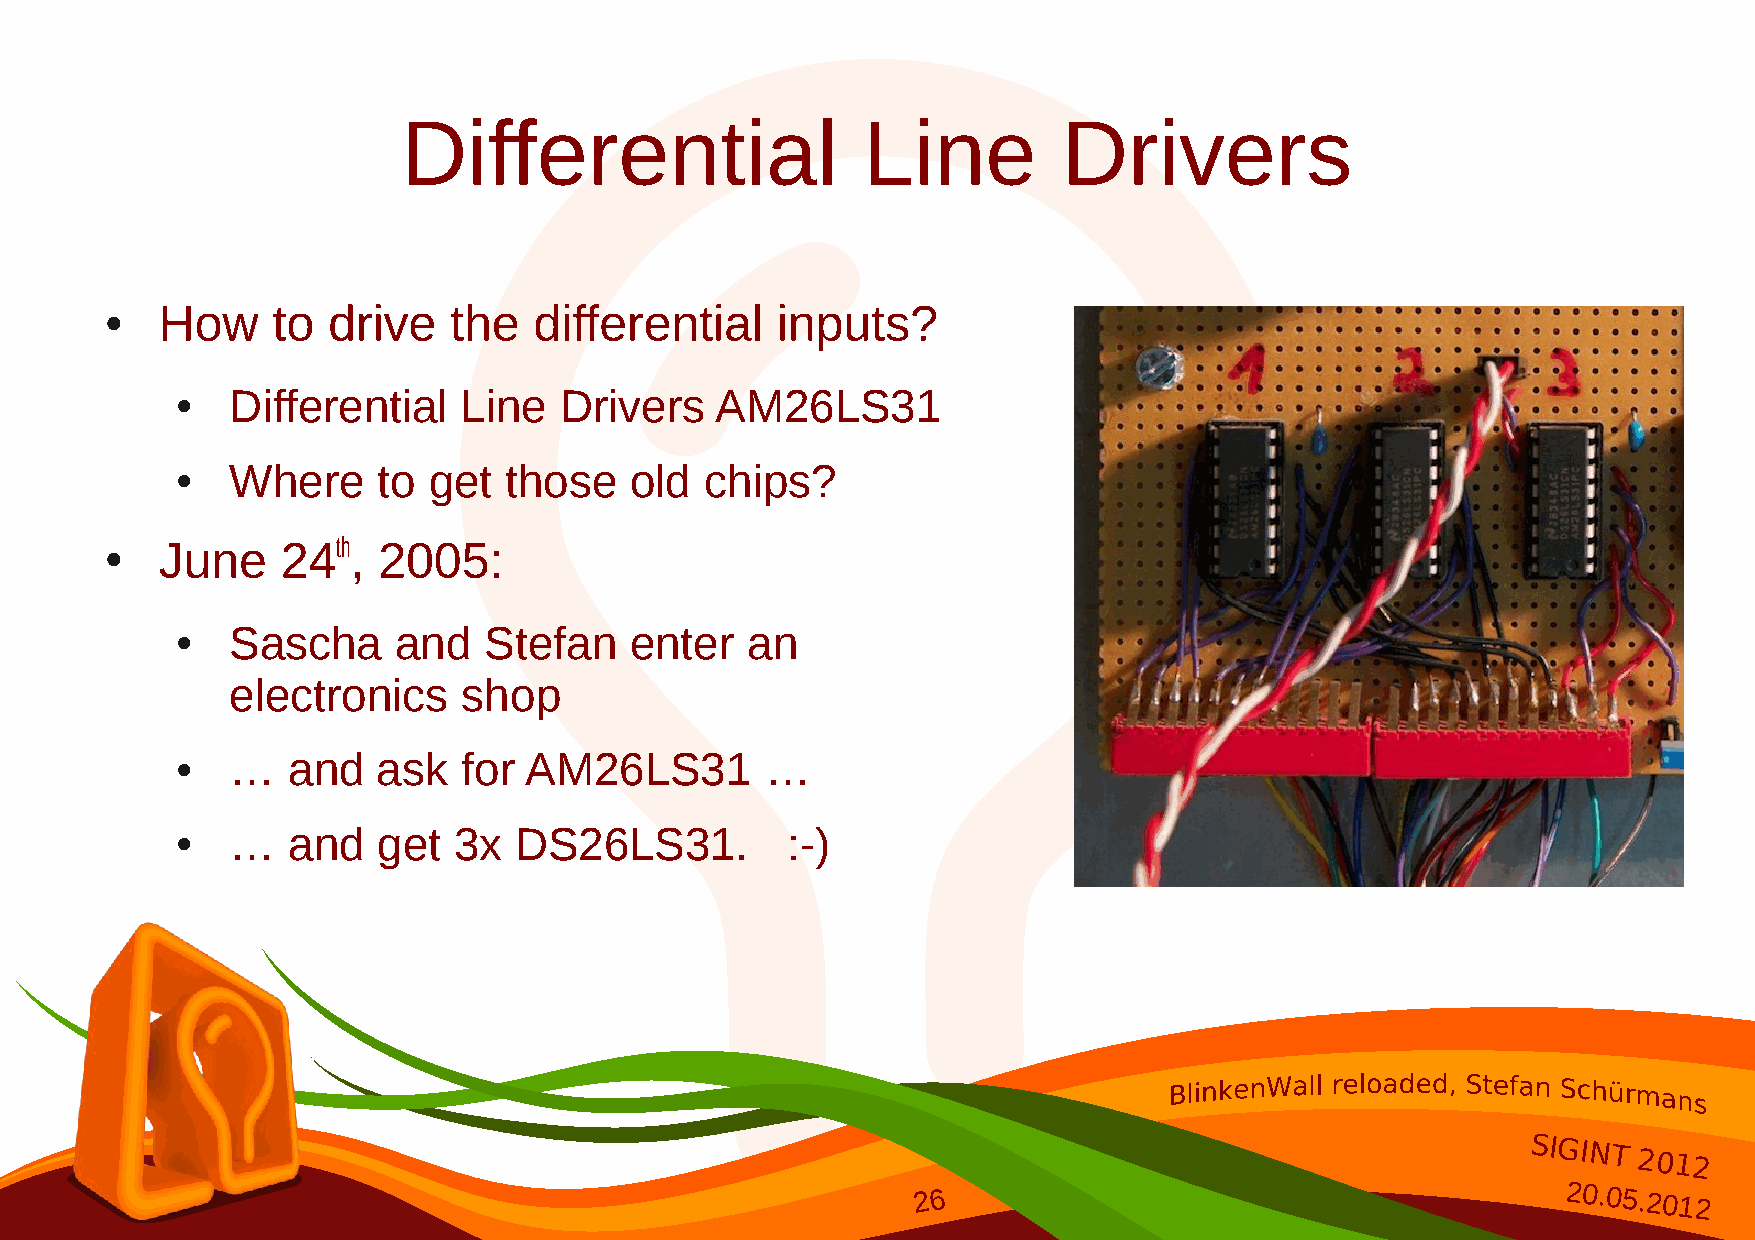
Differential                  Line         Drivers
 How     to  drive   the  differential    inputs?
 ●
 Differential   Line   Drivers   AM26LS31
 ●
 Where     to get  those    old  chips?
 ●
 June     24th, 2005:
 ●
 Sascha     and   Stefan    enter  an
 ●
 electronics     shop
 …   and   ask   for AM26LS31        …
 ●
 …   and   get  3x  DS26LS31.         :-)
 ●
 SIGINT
 2012
 26                                        20.05.2012